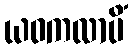
ယဝကလာပိံ